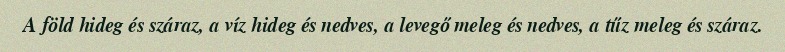
A föld hideg és száraz, a víz hideg és nedves, a levegő meleg és nedves, a tűz meleg és száraz.